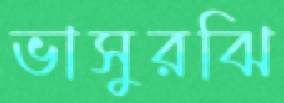
ভাসুরঝি